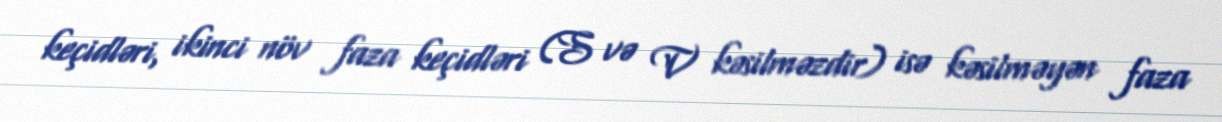
keçidləri, ikinci növ faza keçidləri (S və V kəsilməzdir) isə kəsilməyən faza